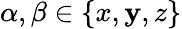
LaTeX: \alpha,\beta\in\{ x,\mathbf{y},z\}